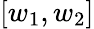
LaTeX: [w_{1},w_{2}]